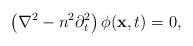
LaTeX: \begin{align*}\left(\nabla^2 - n^2 \partial_t^2\right)\phi({\bf x},t) = 0,\end{align*}